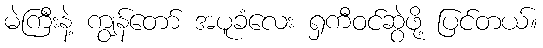
မဲကြီးနဲ့ ကျွန်တော် အပူခံလေး ရှကီဝင်ဆွဲဖို့ ပြင်တယ်။